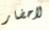
لاحضار